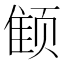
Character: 𱂭